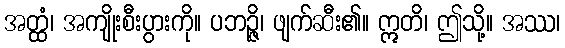
အတ္ထံ၊ အကျိုးစီးပွားကို။ ပဘဉ္ဇိ၊ ဖျက်ဆီး၏။ ဣတိ၊ ဤသို့။ အဿ၊